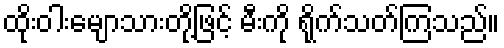
ထိုးဝါးမျောသားတို့ဖြင့် မီးကို ရိုက်သတ်ကြသည်။